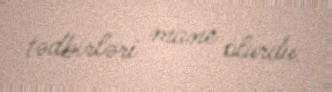
tədbirləri mane olurdu.